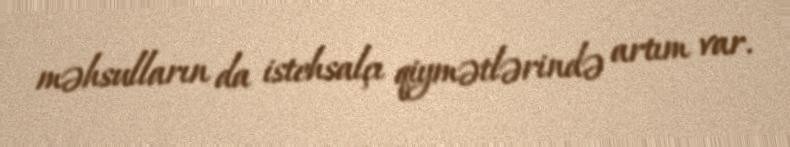
məhsulların da istehsalçı qiymətlərində artım var.